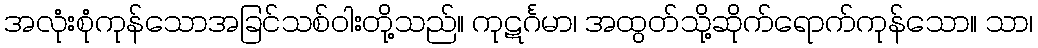
အလုံးစုံကုန်သောအခြင်သစ်ဝါးတို့သည်။ ကုဋင်္ဂမာ၊ အထွတ်သို့ဆိုက်ရောက်ကုန်သော။ သာ၊